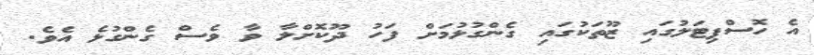
އެ ހޮސްޕިޓަލުގައި ޒޫތަކުގައި ގެންގުޅުމަށް ފަހު ދޫކޮށްލާ ވާ ވެސް ގެންގުޅެ އެެވެ.